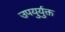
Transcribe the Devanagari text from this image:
उपयुर्युक्त